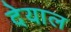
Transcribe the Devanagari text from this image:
देयाल